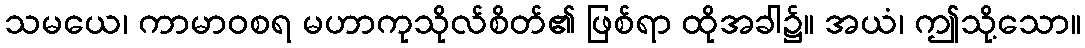
သမယေ၊ ကာမာဝစရ မဟာကုသိုလ်စိတ်၏ ဖြစ်ရာ ထိုအခါ၌။ အယံ၊ ဤသို့သော။